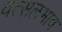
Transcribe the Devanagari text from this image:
वत्सलभाव